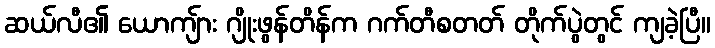
ဆယ်လီ၏ ယောကျ်ား ဂျိုးဖွန်တိန်က ဂက်တီစတတ် တိုက်ပွဲတွင် ကျခဲ့ပြီ။